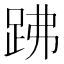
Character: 𧿳